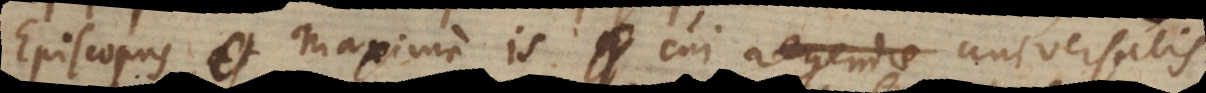
Episcopus et maxime is cui regendae universalis